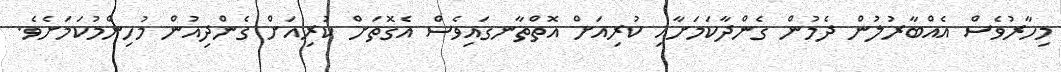
މިހާރުވެސް އެއްބާރުލުން ދެމުން ގެންދާކަމަށާއި ކުރިއަށް އޮތްތާނގައިވެސް އެގޮތަށް ކުރިއަށް ގެންދިއުން މުހިންމުކަމަށެވެ.